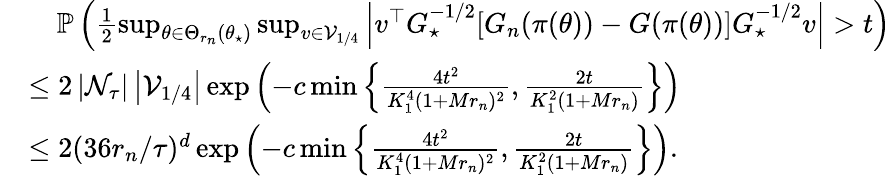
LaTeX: \begin{array}{rl}&{\quad\operatorname{\mathbb P}\left(\frac 12\operatorname*{sup}_{\theta\in\Theta_{r_{n}}(\theta_{\star})}\operatorname*{sup}_{v\in\mathcal{V}_{1/4}}\left|v^{\top}G_{\star}^{-1/2}[G_{n}(\pi(\theta))-G(\pi(\theta))]G_{\star}^{-1/2}v\right|>t\right)}\\ &{\le 2\left|\mathcal{N}_{\tau}\right|\left|\mathcal{V}_{1/4}\right|\exp\left(-c\operatorname*{min}\left\{ \frac{4t^{2}}{K_{1}^{4}(1+Mr_{n})^{2}},\frac{2t}{K_{1}^{2}(1+Mr_{n})}\right\} \right)}\\ &{\le 2(36r_{n}/\tau)^{d}\exp\left(-c\operatorname*{min}\left\{ \frac{4t^{2}}{K_{1}^{4}(1+Mr_{n})^{2}},\frac{2t}{K_{1}^{2}(1+Mr_{n})}\right\} \right).}\end{array}